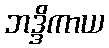
ဘဒ္ဒိကာယ